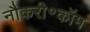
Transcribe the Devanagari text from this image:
नौकरी॰कॉम